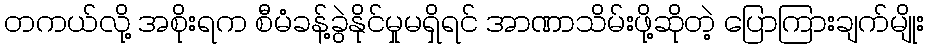
တကယ်လို့ အစိုးရက စီမံခန့်ခွဲနိုင်မှုမရှိရင် အာဏာသိမ်းဖို့ဆိုတဲ့ ပြောကြားချက်မျိုး